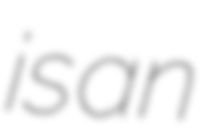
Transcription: is an